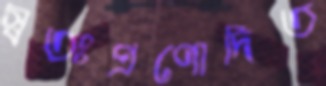
স্বতঃপ্রণোদিত